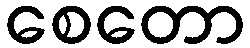
စေတော